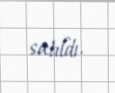
satıldı.